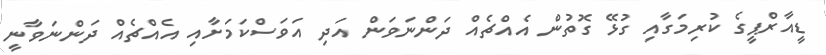
ޑީއާރްޕީގެ ކުރިމަގާއި ގުޅޭ ގޮތުން އެއްޗެއް ދަންނަވަން އަދި އަވަސްކަމަށާއި އެއްޗެއް ދަންނަވާނީ